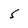
Character: 5